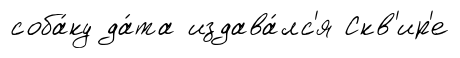
соба́ку да́та издава́лс'я Скв'ир'е